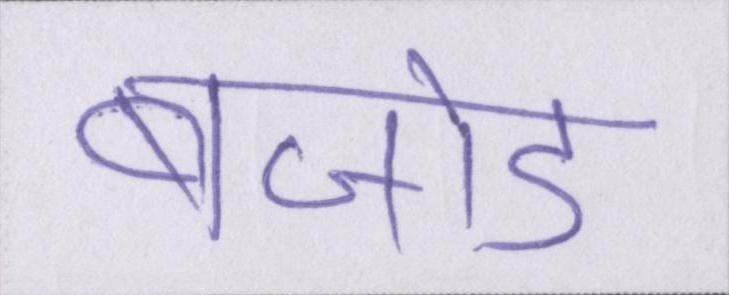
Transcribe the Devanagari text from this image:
बेजोड